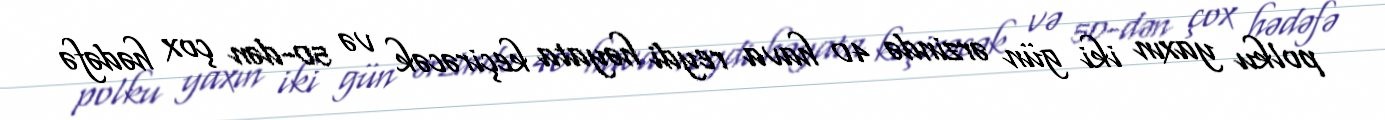
polku yaxın iki gün ərzində 40 hava reydi həyata keçirəcək və 50-dən çox hədəfə